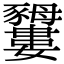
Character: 𧲕